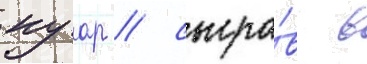
нуар / сыгра́в в